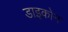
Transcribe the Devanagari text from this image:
डाइकोन